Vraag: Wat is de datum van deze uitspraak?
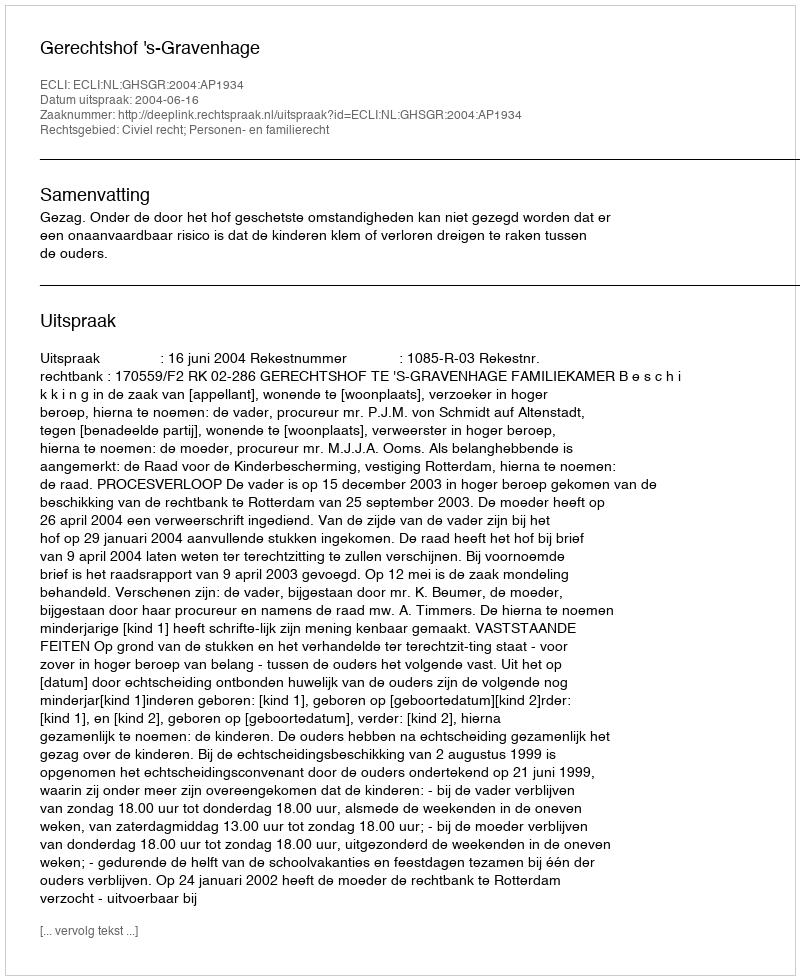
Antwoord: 2004-06-16